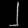
Digit: ၂